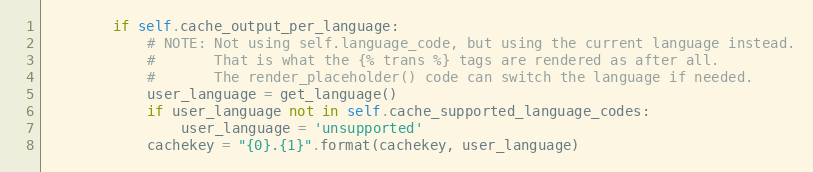
Language: Python
        if self.cache_output_per_language:
            # NOTE: Not using self.language_code, but using the current language instead.
            #       That is what the {% trans %} tags are rendered as after all.
            #       The render_placeholder() code can switch the language if needed.
            user_language = get_language()
            if user_language not in self.cache_supported_language_codes:
                user_language = 'unsupported'
            cachekey = "{0}.{1}".format(cachekey, user_language)